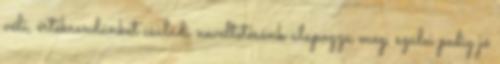
véli, értékrendünket családi neveltetésünk alapozza meg, szülei pedig jó